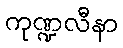
ကုဏ္ဍလီနာ